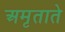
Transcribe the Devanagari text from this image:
अमृताते